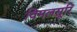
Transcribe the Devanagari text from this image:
विमलसूरि